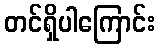
တင်ရှိပါကြောင်း